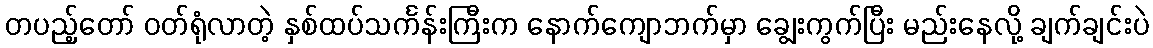
တပည့်တော် ဝတ်ရုံလာတဲ့ နှစ်ထပ်သင်္ကန်းကြီးက နောက်ကျောဘက်မှာ ချွေးကွက်ပြီး မည်းနေလို့ ချက်ချင်းပဲ